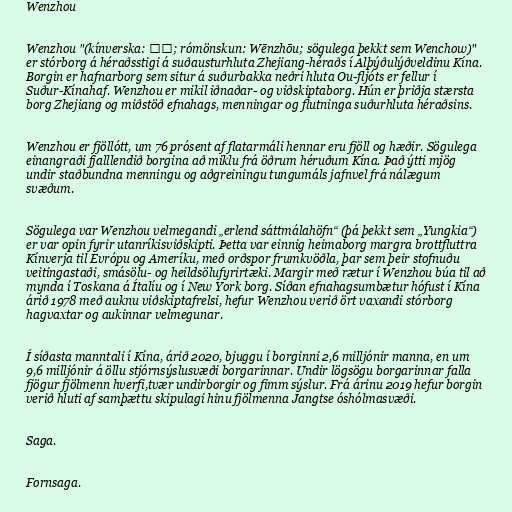
Wenzhou

Wenzhou "(kínverska: 温州; rómönskun: Wēnzhōu; sögulega þekkt sem Wenchow)"
er stórborg á héraðsstigi á suðausturhluta Zhejiang-héraðs í Alþýðulýðveldinu Kína.
Borgin er hafnarborg sem situr á suðurbakka neðri hluta Ou-fljóts er fellur í
Suður-Kínahaf. Wenzhou er mikil iðnaðar- og viðskiptaborg. Hún er þriðja stærsta
borg Zhejiang og miðstöð efnahags, menningar og flutninga suðurhluta héraðsins.

Wenzhou er fjöllótt, um 76 prósent af flatarmáli hennar eru fjöll og hæðir. Sögulega
einangraði fjalllendið borgina að miklu frá öðrum héruðum Kína. Það ýtti mjög
undir staðbundna menningu og aðgreiningu tungumáls jafnvel frá nálægum
svæðum.

Sögulega var Wenzhou velmegandi „erlend sáttmálahöfn“ (þá þekkt sem „Yungkia“)
er var opin fyrir utanríkisviðskipti. Þetta var einnig heimaborg margra brottfluttra
Kínverja til Evrópu og Ameríku, með orðspor frumkvöðla, þar sem þeir stofnuðu
veitingastaði, smásölu- og heildsölufyrirtæki. Margir með rætur í Wenzhou búa til að
mynda í Toskana á Ítalíu og í New York borg. Síðan efnahagsumbætur hófust í Kína
árið 1978 með auknu viðskiptafrelsi, hefur Wenzhou verið ört vaxandi stórborg
hagvaxtar og aukinnar velmegunar.

Í síðasta manntali í Kína, árið 2020, bjuggu í borginni 2,6 milljónir manna, en um
9,6 milljónir á öllu stjórnsýslusvæði borgarinnar. Undir lögsögu borgarinnar falla
fjögur fjölmenn hverfi,tvær undirborgir og fimm sýslur. Frá árinu 2019 hefur borgin
verið hluti af samþættu skipulagi hinu fjölmenna Jangtse óshólmasvæði.

Saga.

Fornsaga.